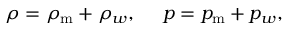
\rho = \rho _ { \mathrm { m } } + \rho _ { w } , \, \quad \, p = p _ { \mathrm { m } } + p _ { w } ,